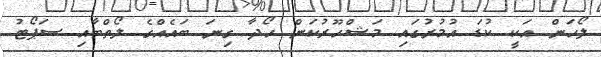
ލޯހަން އަކީ ކުޑަ އުމުރުގައި މަޝްހޫރުކަން ހޯދާ ގިނަ ބައެއްގެ ލޯތްބާއި ސަޕޯޓު